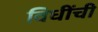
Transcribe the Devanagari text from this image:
विधींची